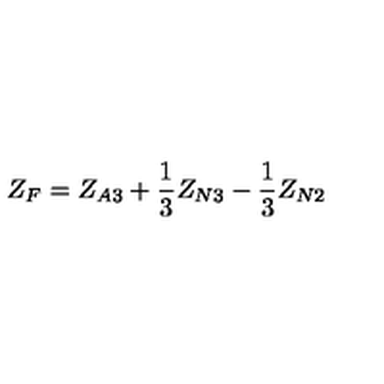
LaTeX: Z _ { F } = Z _ { A 3 } + { \frac { 1 } { 3 } } Z _ { N 3 } - { \frac { 1 } { 3 } } Z _ { N 2 }